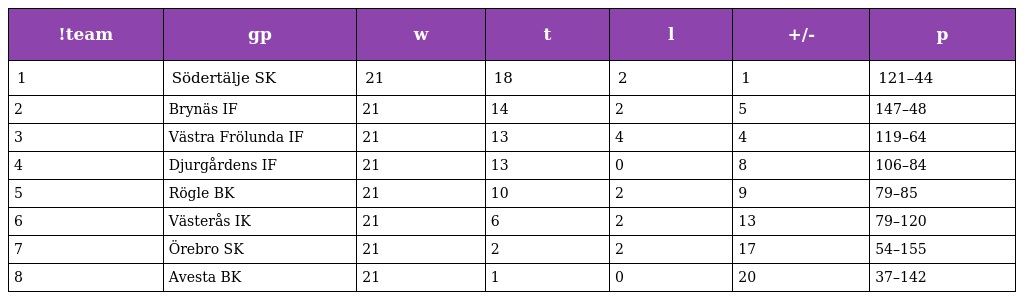
| !team | gp | w | t | l | +/- | p |
 | --- | --- | --- | --- | --- | --- | --- |
 | 1 | Södertälje SK | 21 | 18 | 2 | 1 | 121–44 |
 | 2 | Brynäs IF | 21 | 14 | 2 | 5 | 147–48 |
 | 3 | Västra Frölunda IF | 21 | 13 | 4 | 4 | 119–64 |
 | 4 | Djurgårdens IF | 21 | 13 | 0 | 8 | 106–84 |
 | 5 | Rögle BK | 21 | 10 | 2 | 9 | 79–85 |
 | 6 | Västerås IK | 21 | 6 | 2 | 13 | 79–120 |
 | 7 | Örebro SK | 21 | 2 | 2 | 17 | 54–155 |
 | 8 | Avesta BK | 21 | 1 | 0 | 20 | 37–142 |